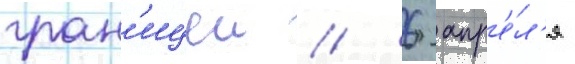
гран'ицеи // 6 апр'е́л'я